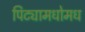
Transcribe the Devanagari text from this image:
पिट्यामधोमध